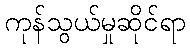
ကုန်သွယ်မှုဆိုင်ရာ